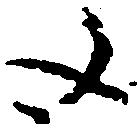
文